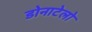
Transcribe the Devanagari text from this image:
डोनाटेलो